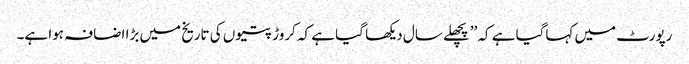
رپورٹ میں کہاگیا ہے کہ ’’پچھلے سال دیکھا گیا ہے کہ کروڑ پتیوں کی تاریخ میں بڑا اضافہ ہوا ہے۔